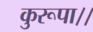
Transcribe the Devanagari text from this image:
कुरूपा।।